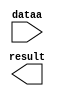
// megafunction wizard: %LPM_MULT%VBB%
// GENERATION: STANDARD
// VERSION: WM1.0
// MODULE: altsquare 

// ============================================================
// Megafunction Name(s):
// 			altsquare
//
// Simulation Library Files(s):
// 			altera_mf
// ============================================================
// ************************************************************
// THIS IS A WIZARD-GENERATED FILE. DO NOT EDIT THIS FILE!
//
// 13.1.0 Build 162 10/23/2013 SJ Full Version
// ************************************************************

//Copyright (C) 1991-2013 Altera Corporation
//Your use of Altera Corporation's design tools, logic functions 
//and other software and tools, and its AMPP partner logic 
//functions, and any output files from any of the foregoing 
//(including device programming or simulation files), and any 
//associated documentation or information are expressly subject 
//to the terms and conditions of the Altera Program License 
//Subscription Agreement, Altera MegaCore Function License 
//Agreement, or other applicable license agreement, including, 
//without limitation, that your use is for the sole purpose of 
//programming logic devices manufactured by Altera and sold by 
//Altera or its authorized distributors.  Please refer to the 
//applicable agreement for further details.

module mult (
	dataa,
	result);

	input	[11:0]  dataa;
	output	[23:0]  result;

endmodule

// ============================================================
// CNX file retrieval info
// ============================================================
// Retrieval info: PRIVATE: AutoSizeResult NUMERIC "1"
// Retrieval info: PRIVATE: B_isConstant NUMERIC "0"
// Retrieval info: PRIVATE: ConstantB NUMERIC "0"
// Retrieval info: PRIVATE: INTENDED_DEVICE_FAMILY STRING "Cyclone V"
// Retrieval info: PRIVATE: LPM_PIPELINE NUMERIC "0"
// Retrieval info: PRIVATE: Latency NUMERIC "0"
// Retrieval info: PRIVATE: SYNTH_WRAPPER_GEN_POSTFIX STRING "0"
// Retrieval info: PRIVATE: SignedMult NUMERIC "1"
// Retrieval info: PRIVATE: USE_MULT NUMERIC "0"
// Retrieval info: PRIVATE: ValidConstant NUMERIC "0"
// Retrieval info: PRIVATE: WidthA NUMERIC "12"
// Retrieval info: PRIVATE: WidthB NUMERIC "8"
// Retrieval info: PRIVATE: WidthP NUMERIC "24"
// Retrieval info: PRIVATE: aclr NUMERIC "0"
// Retrieval info: PRIVATE: clken NUMERIC "0"
// Retrieval info: PRIVATE: new_diagram STRING "1"
// Retrieval info: PRIVATE: optimize NUMERIC "0"
// Retrieval info: LIBRARY: altera_mf altera_mf.altera_mf_components.all
// Retrieval info: CONSTANT: DATA_WIDTH NUMERIC "12"
// Retrieval info: CONSTANT: LPM_TYPE STRING "ALTSQUARE"
// Retrieval info: CONSTANT: PIPELINE NUMERIC "0"
// Retrieval info: CONSTANT: REPRESENTATION STRING "SIGNED"
// Retrieval info: CONSTANT: RESULT_WIDTH NUMERIC "24"
// Retrieval info: USED_PORT: dataa 0 0 12 0 INPUT NODEFVAL "dataa[11..0]"
// Retrieval info: USED_PORT: result 0 0 24 0 OUTPUT NODEFVAL "result[23..0]"
// Retrieval info: CONNECT: @data 0 0 12 0 dataa 0 0 12 0
// Retrieval info: CONNECT: result 0 0 24 0 @result 0 0 24 0
// Retrieval info: GEN_FILE: TYPE_NORMAL mult.v TRUE
// Retrieval info: GEN_FILE: TYPE_NORMAL mult.inc FALSE
// Retrieval info: GEN_FILE: TYPE_NORMAL mult.cmp FALSE
// Retrieval info: GEN_FILE: TYPE_NORMAL mult.bsf FALSE
// Retrieval info: GEN_FILE: TYPE_NORMAL mult_inst.v TRUE
// Retrieval info: GEN_FILE: TYPE_NORMAL mult_bb.v TRUE
// Retrieval info: LIB_FILE: altera_mf